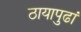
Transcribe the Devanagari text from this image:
ठायापुढां